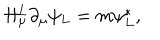
\Pi _ { \mu } ^ { L } \partial _ { \mu } \psi _ { L } = m \psi _ { L } ^ { * } ,